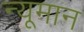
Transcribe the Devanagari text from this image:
न्यूमान